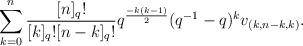
LaTeX: \begin{align*}\sum_{k=0}^n\frac{[n]_q!}{[k]_q![n-k]_q!}q^{\frac{-k(k-1)}{2}}(q^{-1}-q)^kv_{(k,n-k,k)}.\end{align*}